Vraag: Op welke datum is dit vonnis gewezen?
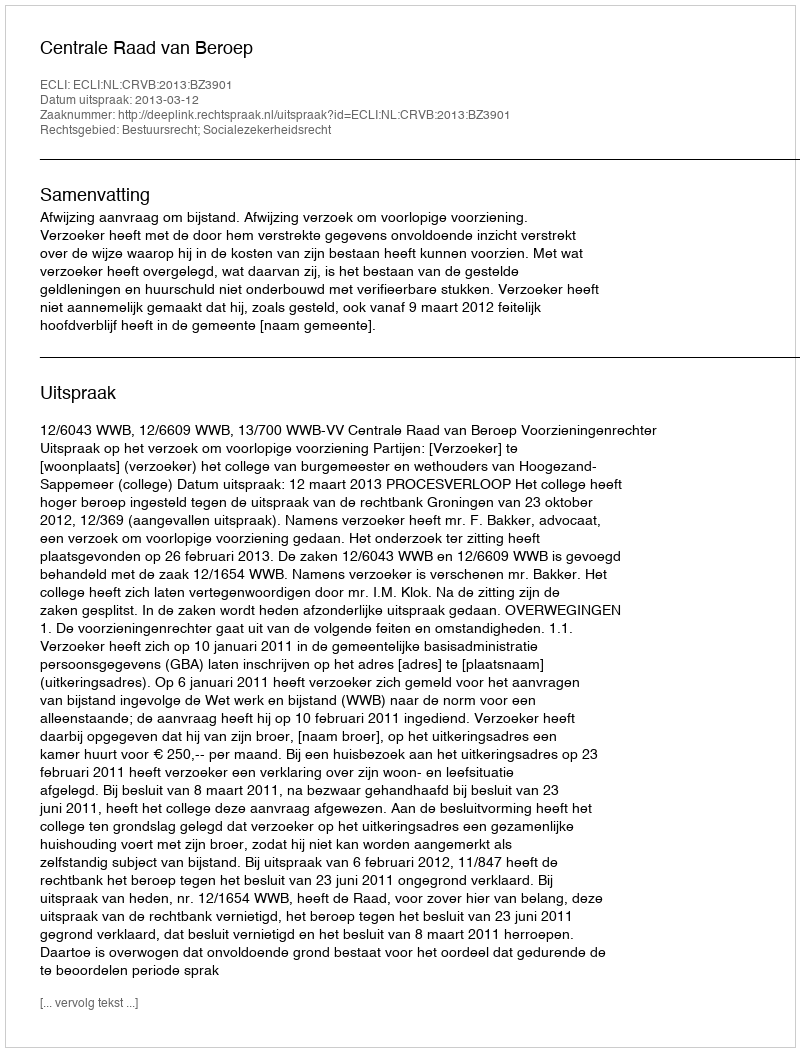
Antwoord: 2013-03-12